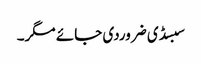
سبسڈی ضروردی جائے مگر۔